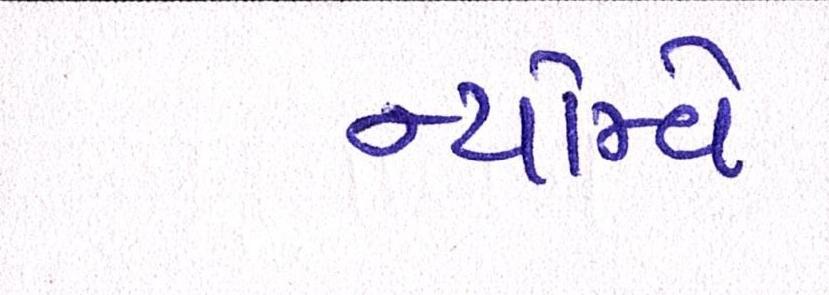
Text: ન્યોમ્વે